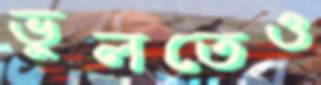
ভুলতেও